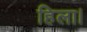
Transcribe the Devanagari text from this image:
हिला।